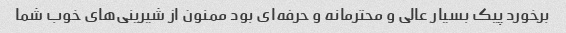
برخورد پیک بسیار عالی و محترمانه و حرفه‌ای بود ممنون از شیرینی‌های خوب شما